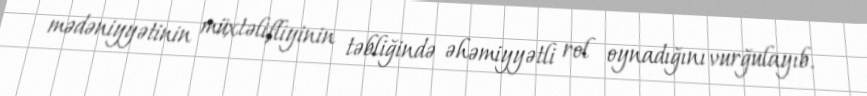
mədəniyyətinin müxtəlifliyinin təbliğində əhəmiyyətli rol oynadığını vurğulayıb.